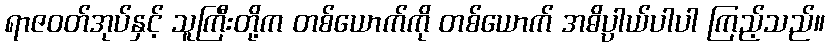
ရာဇဝတ်အုပ်နှင့် သူကြီးတို့က တစ်ယောက်ကို တစ်ယောက် အဓိပ္ပါယ်ပါပါ ကြည့်သည်။